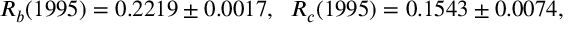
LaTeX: R _ { b } ( 1 9 9 5 ) = 0 . 2 2 1 9 \pm 0 . 0 0 1 7 , \; \; R _ { c } ( 1 9 9 5 ) = 0 . 1 5 4 3 \pm 0 . 0 0 7 4 ,